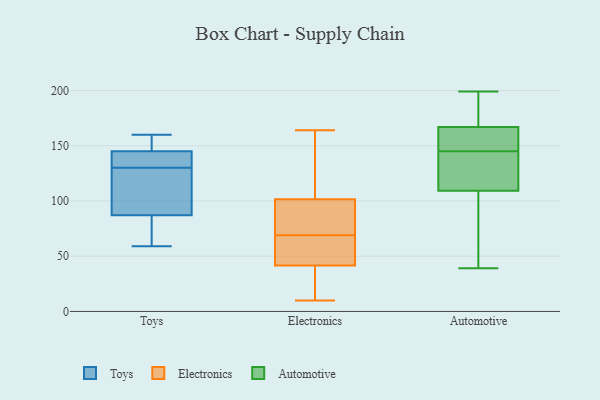
{"axis": {"x": "Satisfaction Score", "y": "Value"}, "legend": ["Automotive", "Electronics", "Toys"], "data": [{"x": "", "y": 129, "type": "Toys"}, {"x": "", "y": 94, "type": "Toys"}, {"x": "", "y": 72, "type": "Toys"}, {"x": "", "y": 87, "type": "Toys"}, {"x": "", "y": 111, "type": "Toys"}, {"x": "", "y": 154, "type": "Toys"}, {"x": "", "y": 66, "type": "Toys"}, {"x": "", "y": 142, "type": "Toys"}, {"x": "", "y": 59, "type": "Toys"}, {"x": "", "y": 143, "type": "Toys"}, {"x": "", "y": 160, "type": "Toys"}, {"x": "", "y": 145, "type": "Toys"}, {"x": "", "y": 155, "type": "Toys"}, {"x": "", "y": 131, "type": "Toys"}, {"x": "", "y": 64, "type": "Electronics"}, {"x": "", "y": 164, "type": "Electronics"}, {"x": "", "y": 116, "type": "Electronics"}, {"x": "", "y": 45, "type": "Electronics"}, {"x": "", "y": 97, "type": "Electronics"}, {"x": "", "y": 97, "type": "Electronics"}, {"x": "", "y": 10, "type": "Electronics"}, {"x": "", "y": 26, "type": "Electronics"}, {"x": "", "y": 69, "type": "Electronics"}, {"x": "", "y": 26, "type": "Electronics"}, {"x": "", "y": 31, "type": "Electronics"}, {"x": "", "y": 68, "type": "Electronics"}, {"x": "", "y": 98, "type": "Electronics"}, {"x": "", "y": 72, "type": "Electronics"}, {"x": "", "y": 162, "type": "Electronics"}, {"x": "", "y": 112, "type": "Electronics"}, {"x": "", "y": 53, "type": "Electronics"}, {"x": "", "y": 173, "type": "Automotive"}, {"x": "", "y": 107, "type": "Automotive"}, {"x": "", "y": 39, "type": "Automotive"}, {"x": "", "y": 50, "type": "Automotive"}, {"x": "", "y": 145, "type": "Automotive"}, {"x": "", "y": 149, "type": "Automotive"}, {"x": "", "y": 149, "type": "Automotive"}, {"x": "", "y": 116, "type": "Automotive"}, {"x": "", "y": 125, "type": "Automotive"}, {"x": "", "y": 199, "type": "Automotive"}, {"x": "", "y": 185, "type": "Automotive"}]}